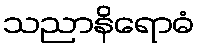
သညာနိရောဓံ